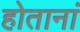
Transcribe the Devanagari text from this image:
होतानां